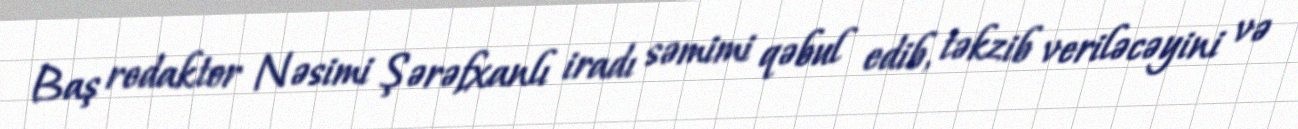
Baş redaktor Nəsimi Şərəfxanlı iradı səmimi qəbul edib, təkzib veriləcəyini və